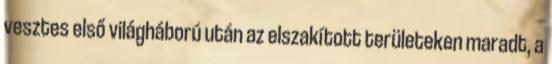
vesztes első világháború után az elszakított területeken maradt, a